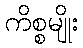
ကိစ္စမျိုး